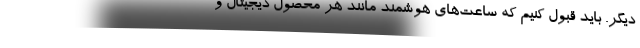
دیگر. باید قبول کنیم که ساعت‌های هوشمند مانند هر محصول دیجیتال و